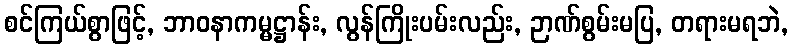
စင်ကြယ်စွာဖြင့်, ဘာဝနာကမ္မဋ္ဌာန်း, လွန်ကြိုးပမ်းလည်း, ဉာဏ်စွမ်းမပြ, တရားမရဘဲ,